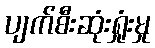
ပျက်စီးဆုံးရှုံးမှု